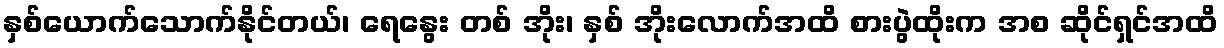
နှစ်ယောက်သောက်နိုင်တယ်၊ ရေနွေး တစ် အိုး၊ နှစ် အိုးလောက်အထိ စားပွဲထိုးက အစ ဆိုင်ရှင်အထိ